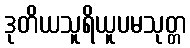
ဒုတိယသူရိယူပမသုတ္တ